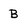
Character: B